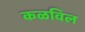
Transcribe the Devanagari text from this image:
कळविल